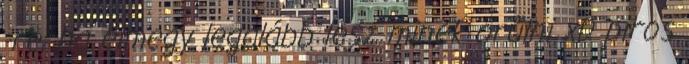
-re, ha elmegy legalább lesz minek örűlni xD piros